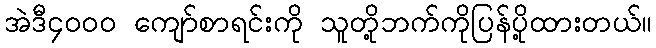
အဲဒီ၄၀၀၀ ကျော်စာရင်းကို သူတို့ဘက်ကိုပြန်ပို့ထားတယ်။